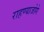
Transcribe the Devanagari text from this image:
राहण्याजोगे